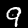
Label: 9